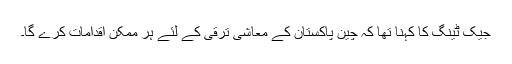
جیک ٹینگ کا کہنا تھا کہ چین پاکستان کے معاشی ترقی کے لئے ہر ممکن اقدامات کرے گا۔